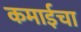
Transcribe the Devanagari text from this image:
कमाईचा